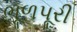
ભૂળપૂરી